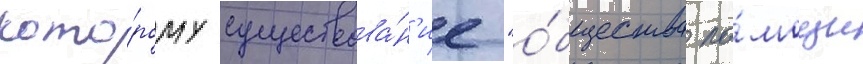
кото́рому существова́н'ие "о́бщества по́мощи